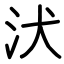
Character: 汱